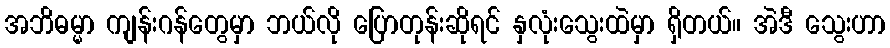
အဘိဓမ္မာ ကျန်းဂန်တွေမှာ ဘယ်လို ပြောတုန်းဆိုရင် နှလုံးသွေးထဲမှာ ရှိတယ်။ အဲဒီ သွေးဟာ